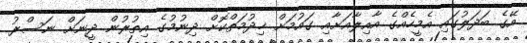
އޭގެ ބަދަލުގައި އެމީހެއްގެ އާއިލާއަށާއި ގައުމަށް ޚިދުމަތްކޮށް ދިނުމުގެ އިތުރުން ދީނަށް ނަސްރު